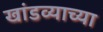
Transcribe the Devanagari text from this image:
खांडव्याच्या